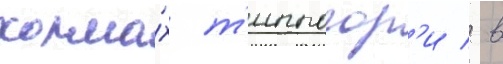
холма́х т'иппогор'и / в